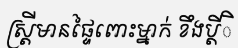
ស្ត្រីមានផ្ទៃពោះម្នាក់ ខឹងប្តីិ